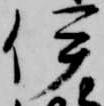
伊